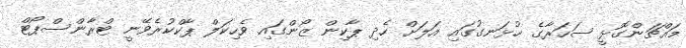
މައްޗަންގޮޅީ ސަހަރާގެ ހުޅަނގުގައި އަލަށް ހެދި ޕާކިން ޒޯންގައި ވެހިކަލް ޕާކްކުރެވޭނީ ޓްރާންސްޕޯޓް